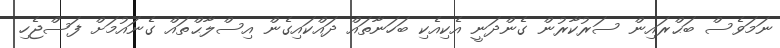
ނަމަވެސް ބަޙްރައިން ސަރުކާރުން ގެންދަނީ އެކިއެކިި ބަހަނާތައް ދައްކައިގެން އިސްލާޙްތައް ގެނައުމަށް ފަސްޖެހި